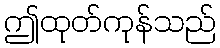
ဤထုတ်ကုန်သည်